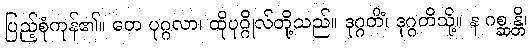
ပြည့်စုံကုန်၏။ တေ ပုဂ္ဂလာ၊ ထိုပုဂ္ဂိုလ်တို့သည်။ ဒုဂ္ဂတိံ၊ ဒုဂ္ဂတိသို့။ န ဂစ္ဆန္တိ၊